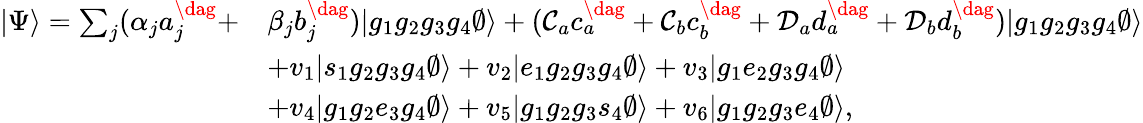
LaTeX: \begin{array}{rl}{|\Psi\rangle=\sum_{j}(\alpha_{j}a_{j}^{\dag}+}&{\beta_{j}b_{j}^{\dag})|g_{1}g_{2}g_{3}g_{4}\emptyset\rangle+(\mathcal{C}_{a}c_{a}^{\dag}+\mathcal{C}_{b}c_{b}^{\dag}+\mathcal{D}_{a}d_{a}^{\dag}+\mathcal{D}_{b}d_{b}^{\dag})|g_{1}g_{2}g_{3}g_{4}\emptyset\rangle}\\ &{+v_{1}|s_{1}g_{2}g_{3}g_{4}\emptyset\rangle+v_{2}|e_{1}g_{2}g_{3}g_{4}\emptyset\rangle+v_{3}|g_{1}e_{2}g_{3}g_{4}\emptyset\rangle}\\ &{+v_{4}|g_{1}g_{2}e_{3}g_{4}\emptyset\rangle+v_{5}|g_{1}g_{2}g_{3}s_{4}\emptyset\rangle+v_{6}|g_{1}g_{2}g_{3}e_{4}\emptyset\rangle,}\end{array}